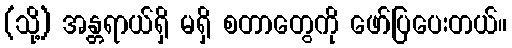
(သို့) အန္တရာယ်ရှိ မရှိ စတာတွေကို ဖော်ပြပေးတယ်။